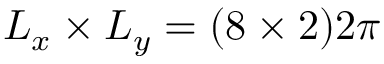
L _ { x } \times L _ { y } = ( 8 \times 2 ) 2 \pi